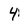
Character: 4